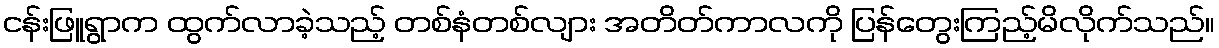
ငန်းဖြူရွာက ထွက်လာခဲ့သည့် တစ်နံတစ်လျား အတိတ်ကာလကို ပြန်တွေးကြည့်မိလိုက်သည်။